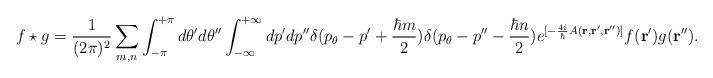
LaTeX: \begin{align*}f \star g = \frac{1}{(2\pi )^2}\sum_{m, n}\int_{-\pi}^{+\pi} d\theta ' d \theta '' \int_{-\infty}^{+\infty} dp' dp'' \delta (p_{\theta} - p' +\frac{\hbar m}{2} ) \delta(p_{\theta} - p'' - \frac{\hbar n}{2} )e^{[-\frac{4i}{\hbar}A({\bf r}, {\bf r} ', {\bf r} '')]}f({\bf r}') g ({\bf r}'').\end{align*}